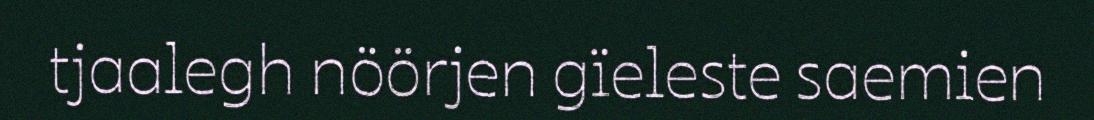
tjaalegh nöörjen gïeleste saemien